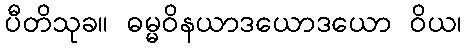
ပီတိသုခ။ ဓမ္မဝိနယာဒယောဒယော ဝိယ၊